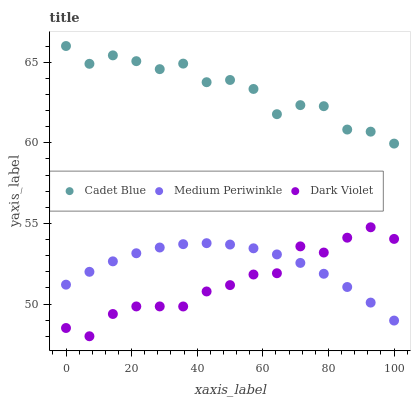
| xaxis_label | Cadet Blue | Medium Periwinkle | Dark Violet |
 | --- | --- | --- | --- |
 | 0 | 66 | 51.2 | 48.5 |
 | 7.14 | 64.9 | 52 | 48 |
 | 14.3 | 65.4 | 52.6 | 49.4 |
 | 21.4 | 65.1 | 53.1 | 49.8 |
 | 28.6 | 64.6 | 53.5 | 49.9 |
 | 35.7 | 64.9 | 53.7 | 49.8 |
 | 42.9 | 63.8 | 53.8 | 50.8 |
 | 50 | 63.9 | 53.7 | 51.2 |
 | 57.1 | 63.3 | 53.5 | 51.8 |
 | 64.3 | 61.8 | 53.1 | 51.9 |
 | 71.4 | 62.3 | 52.5 | 53.6 |
 | 78.6 | 62.3 | 51.9 | 53.2 |
 | 85.7 | 60.8 | 51.1 | 54.1 |
 | 92.9 | 60.7 | 50.1 | 54.8 |
 | 100 | 59.9 | 49 | 54 |